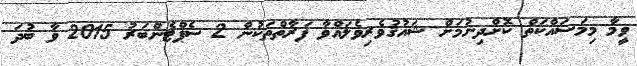
ވީމާ މިމަސައްކަތް ކޮށްދިނުމަށް ޝައުޤުވެރިވެލައްވާ ފަރާތްތަކުން 2 ސެޕްޓެންބަރު 2015 ވާ ބުދަ